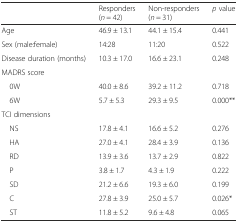
<table><thead><tr><td></td><td><b>Responders (<i>n</i> = 42)</b></td><td><b>Non-responders (<i>n</i> = 31)</b></td><td><b><i>p</i> value</b></td></tr></thead><tbody><tr><td>Age</td><td>46.9 ± 13.1</td><td>44.1 ± 15.4</td><td>0.441</td></tr><tr><td>Sex (male:female)</td><td>14:28</td><td>11:20</td><td>0.522</td></tr><tr><td>Disease duration (months)</td><td>10.3 ± 17.0</td><td>16.6 ± 23.1</td><td>0.248</td></tr><tr><td colspan="4">MADRS score</td></tr><tr><td> 0W</td><td>40.0 ± 8.6</td><td>39.2 ± 11.2</td><td>0.718</td></tr><tr><td> 6W</td><td>5.7 ± 5.3</td><td>29.3 ± 9.5</td><td>0.000**</td></tr><tr><td colspan="4">TCI dimensions</td></tr><tr><td> NS</td><td>17.8 ± 4.1</td><td>16.6 ± 5.2</td><td>0.276</td></tr><tr><td> HA</td><td>27.0 ± 4.1</td><td>28.4 ± 3.9</td><td>0.136</td></tr><tr><td> RD</td><td>13.9 ± 3.6</td><td>13.7 ± 2.9</td><td>0.822</td></tr><tr><td> P</td><td>3.8 ± 1.7</td><td>4.3 ± 1.9</td><td>0.222</td></tr><tr><td> SD</td><td>21.2 ± 6.6</td><td>19.3 ± 6.0</td><td>0.199</td></tr><tr><td> C</td><td>27.8 ± 3.9</td><td>25.0 ± 5.7</td><td>0.026*</td></tr><tr><td> ST</td><td>11.8 ± 5.2</td><td>9.6 ± 4.8</td><td>0.065</td></tr></tbody></table>